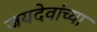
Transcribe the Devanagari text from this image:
जयदेवांच्या